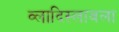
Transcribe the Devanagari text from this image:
व्लादिस्लावला